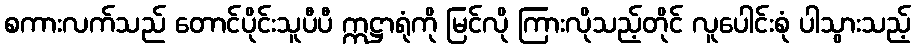
စကားလက်သည် တောင်ပိုင်းသူပီပီ ဣဋ္ဌာရုံကို မြင်လို ကြားလိုသည့်တိုင် လူပေါင်းစုံ ပါသွားသည့်